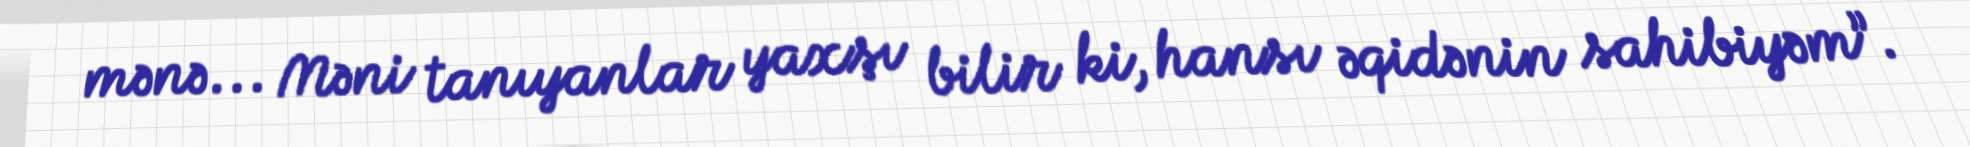
mənə... Məni tanıyanlar yaxşı bilir ki, hansı əqidənin sahibiyəm”.